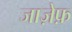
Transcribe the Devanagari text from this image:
जाज़ेफ़